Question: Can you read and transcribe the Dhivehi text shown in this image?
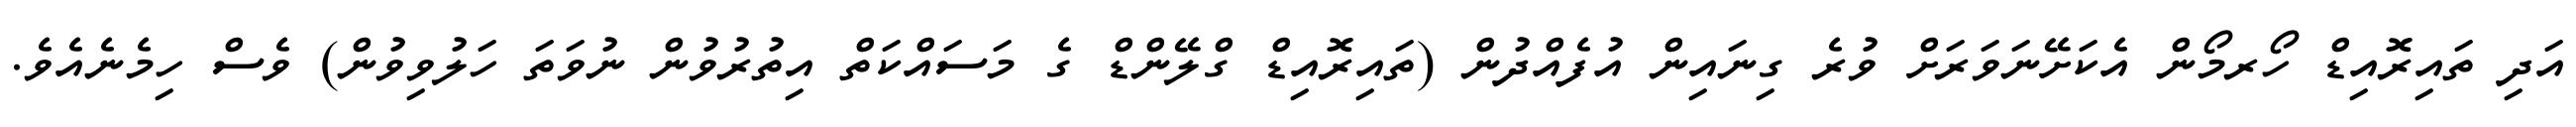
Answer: އަދި ތައިރޮއިޑް ހޯރމޯން އެކަށޭނަވަރަށް ވުރެ ގިނައިން އުފެއްދުން (ތައިރޮއިޑް ގްލޭންޑް ގެ މަސައްކަތް އިތުރުވުން ނުވަތަ ހަލުވިވުން) ވެސް ހިމެނެއެވެ.